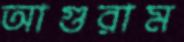
আগুরাম